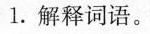
1.解释词语。